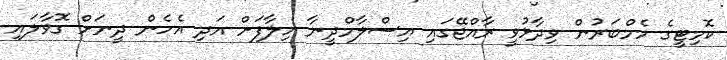
ކޮމިޓީގެ މެމްބަރުން ވިދާޅުވީ ރާއްޖޭގައި އިސްލާމްދީނާ ހިލާފަށް އަދި އެހެން ދީނަށް ގޮވާލައި